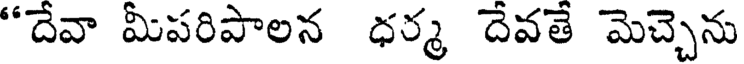
"దేవా మీపరిపాలన ధర్మ దేవతే మెచ్చెను